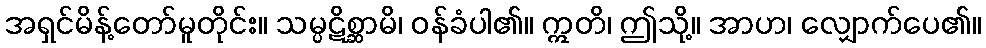
အရှင်မိန့်တော်မူတိုင်း။ သမ္ပဋိစ္ဆာမိ၊ ဝန်ခံပါ၏။ ဣတိ၊ ဤသို့။ အာဟ၊ လျှောက်ပေ၏။